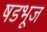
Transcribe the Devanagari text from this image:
षडभूज